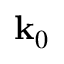
\mathbf { k } _ { 0 }